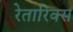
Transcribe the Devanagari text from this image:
रेतारिक्स